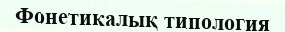
Фонетикалық типология